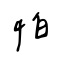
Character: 怕